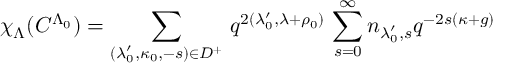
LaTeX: \chi _ { \Lambda } ( C ^ { \Lambda _ { 0 } } ) = \sum _ { ( \lambda _ { 0 } ^ { \prime } , \kappa _ { 0 } , - s ) \in D ^ { + } } \, q ^ { 2 ( \lambda _ { 0 } ^ { \prime } , \lambda + \rho _ { 0 } ) } \, \sum _ { s = 0 } ^ { \infty } n _ { \lambda _ { 0 } ^ { \prime } , s } q ^ { - 2 s ( \kappa + g ) }